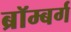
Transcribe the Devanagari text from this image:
ब्रॉम्बर्ग